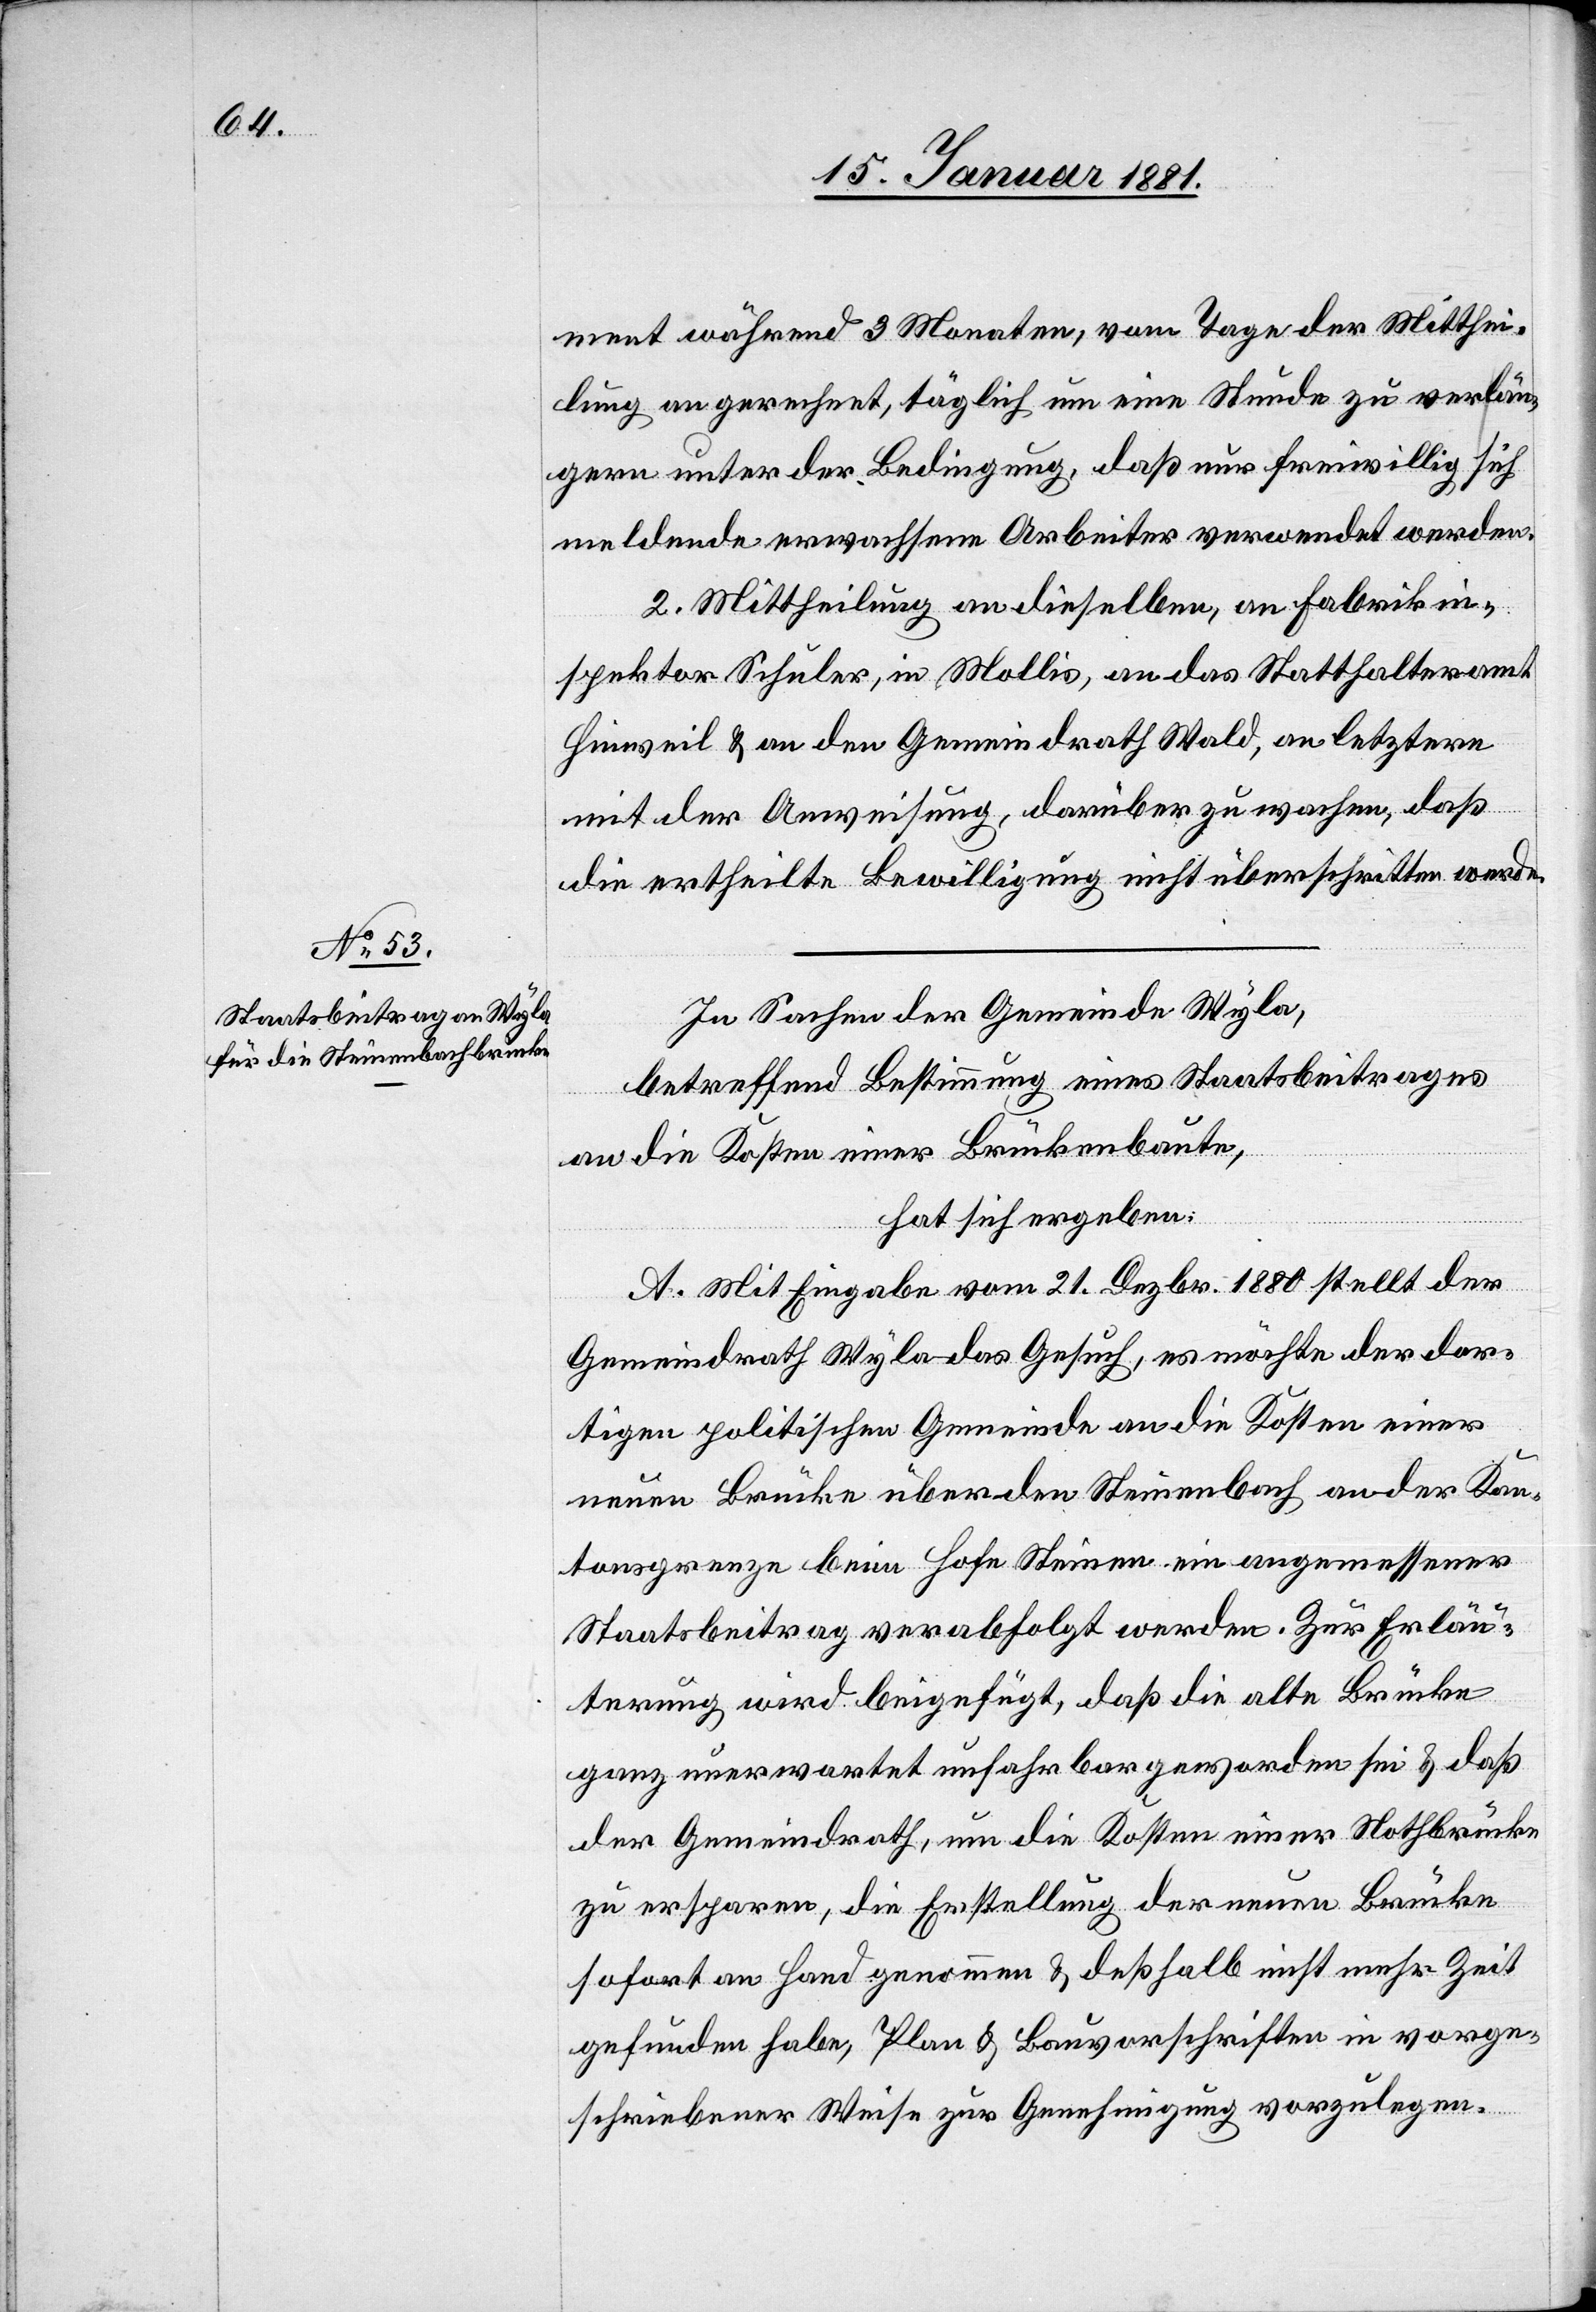
ment während 3 Monaten, vom Tage der Mitthei¬
lung an gerechnet, täglich um eine Stunde zu verlän¬
gern unter der Bedingung, daß nur freiwillig sich
meldende erwachsene Arbeiter verwendet werden.
2. Mittheilung an dieselben, an Fabrikin¬
spektor Schuler, in Mollis, an das Statthalteramt
Hinweil & an den Gemeindrath Wald, an letztere
mit der Anweisung, darüber zu wachen, daß
die ertheilte Bewilligung nicht überschritten werde.
In Sachen der Gemeinde Wyla,
betreffend Bestimmung eines Staatsbeitrages
an die Kosten einer Brückenbaute,
hat sich ergeben:
A. Mit Eingabe vom 21. Dezbr. 1880 stellt der
Gemeindrath Wyla das Gesuch, es möchte der dor¬
tigen politischen Gemeinde an die Kosten einer
neuen Brücke über den Steinenbach an der Kan¬
tonsgrenze beim Hofe Steinen ein angemessener
Staatsbeitrag verabfolgt werden. Zur Erläu¬
terung wird beigefügt, daß die alte Brücke
ganz unerwartet unfahrbar geworden sei & daß
der Gemeindrath, um die Kosten einer Nothbrücke
zu ersparen, die Erstellung der neuen Brücke
sofort an Hand genommen & deßhalb nicht mehr Zeit
gefunden habe, Plan & Bauvorschriften in vorge¬
schriebener Weise zur Genehmigung vorzulegen.